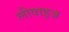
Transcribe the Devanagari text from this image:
लीवाइज़